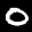
Label: 0